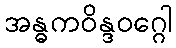
အန္ဓကဝိန္ဒဝဂ္ဂေါ